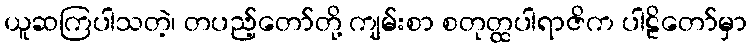
ယူဆကြပါသတဲ့၊ တပည့်တော်တို့ ကျမ်းစာ စတုတ္ထပါရာဇိက ပါဠိတော်မှာ